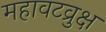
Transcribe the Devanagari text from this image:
महावटव्रुक्ष